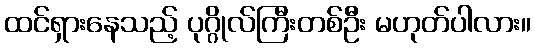
ထင်ရှားနေသည့် ပုဂ္ဂိုလ်ကြီးတစ်ဦး မဟုတ်ပါလား။